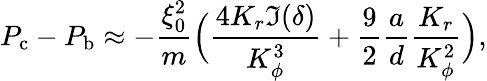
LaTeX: P_{\mathrm{c}}-P_{\mathrm{b}}\approx-\frac{\xi_{0}^{2}}{m}\Big(\frac{4K_{r}\Im(\delta)}{K_{\phi}^{3}}+\frac{9}{2}\frac{a}{d}\frac{K_{r}}{K_{\phi}^{2}}\Big),